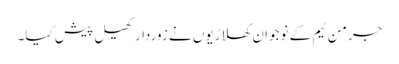
جرمن ٹیم کے نوجوان کھلاڑیوں نے زوردار کھیل پیش کیا۔